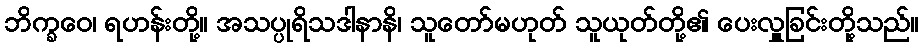
ဘိက္ခဝေ၊ ရဟန်းတို့။ အသပ္ပုရိသဒါနာနိ၊ သူတော်မဟုတ် သူယုတ်တို့၏ ပေးလှူခြင်းတို့သည်။